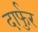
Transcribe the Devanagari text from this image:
दार्फुर